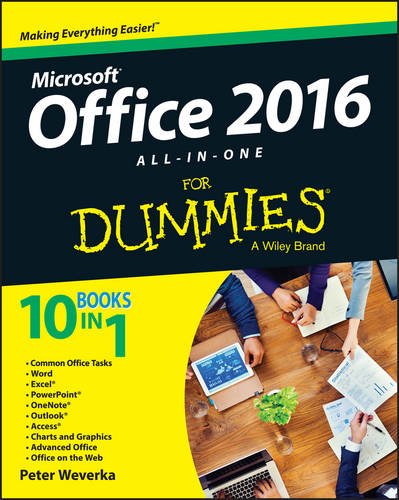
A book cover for Office 2016 All-In-One For Dummies (Office All-in-One for Dummies); Peter Weverka; Computers & Technology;